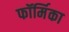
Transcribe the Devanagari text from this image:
फॉर्मिका